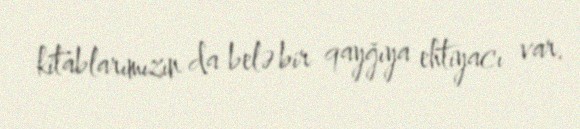
kitablarımızın da belə bir qayğıya ehtiyacı var.